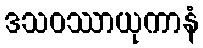
ဒသဝဿာယုကာနံ